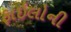
ફાઇલોની